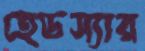
হেডস্যার